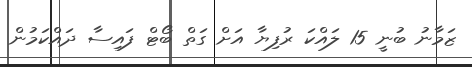
ޒަމާނު ބުނީ 15 ލައްކަ ރުފިޔާ އަށް ގަތް ބޯޓް ފައިސާ ދައްކަމުން